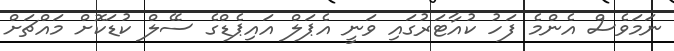
ނަމަވެސް އެންމެ ފަހު ކުއާޓަރުގައި ވަނީ އެޕަލް އައިޕެޑްގެ ސޭލް ކުޑަކޮށް މައްޗަށް